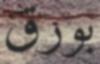
بورق